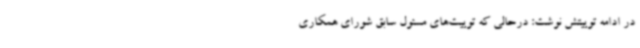
در ادامه توییتش نوشت: درحالی که توییت‌های مسئول سابق شورای همکاری